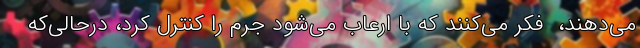
می‌دهند، ‌ فکر می‌کنند که با ارعاب می‌شود جرم را کنترل کرد، در‌حالی‌که